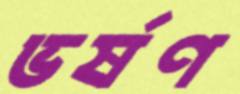
ভর্ষণ